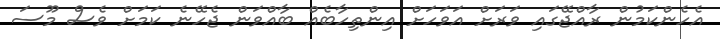
އެހެންކަމުން ރާއްޖޭގައި ވަރަށް އަވަހަށް އިންތިހާބެއް ބާއްވަން ޖެހޭނެ ކަމަށް ވެސް މޫސަ